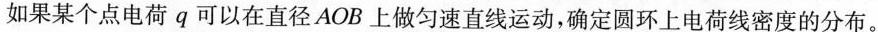
如果某个点电荷q可以在直径AOB上做匀速直线运动，确定圆环上电荷线密度的分布。